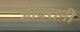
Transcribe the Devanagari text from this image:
जीवरानी